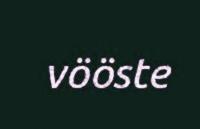
vööste